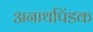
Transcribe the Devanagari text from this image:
अनाथपिंडक